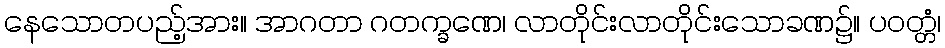
နေသောတပည့်အား။ အာဂတာ ဂတက္ခဏေ၊ လာတိုင်းလာတိုင်းသောခဏ၌။ ပဝတ္တံ၊